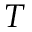
{ \cal T }